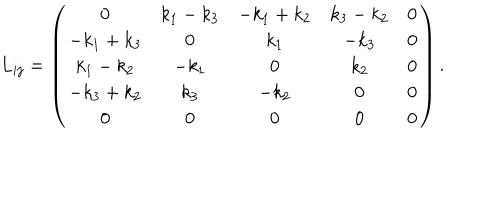
LaTeX: L _ { i j } = \left( \begin{array} { c c c c c } { { 0 } } & { { k _ { 1 } - k _ { 3 } } } & { { - k _ { 1 } + k _ { 2 } } } & { { k _ { 3 } - k _ { 2 } } } & { { 0 } } \\ { { - k _ { 1 } + k _ { 3 } } } & { { 0 } } & { { k _ { 1 } } } & { { - k _ { 3 } } } & { { 0 } } \\ { { k _ { 1 } - k _ { 2 } } } & { { - k _ { 1 } } } & { { 0 } } & { { k _ { 2 } } } & { { 0 } } \\ { { - k _ { 3 } + k _ { 2 } } } & { { k _ { 3 } } } & { { - k _ { 2 } } } & { { 0 } } & { { 0 } } \\ { { 0 } } & { { 0 } } & { { 0 } } & { { 0 } } & { { 0 } } \\ \end{array} \right) .